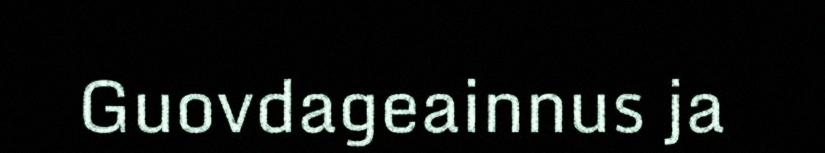
Guovdageainnus ja